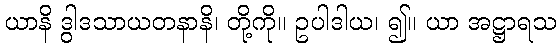
ယာနိ ဒွါဒသာယတနာနိ၊ တို့ကို။ ဥပါဒါယ၊ ၍။ ယာ အဋ္ဌာရသ